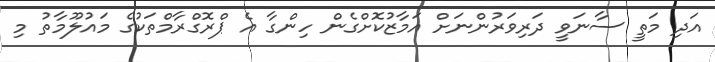
އަދި މަތީ ސާނަވީ ދަރިވަރުންނަށް އަމާޒުކޮށްގެން ހިންގާ އެ ޕްރޮގްރާމްތަކުގެ މައުލޫމާތު މި